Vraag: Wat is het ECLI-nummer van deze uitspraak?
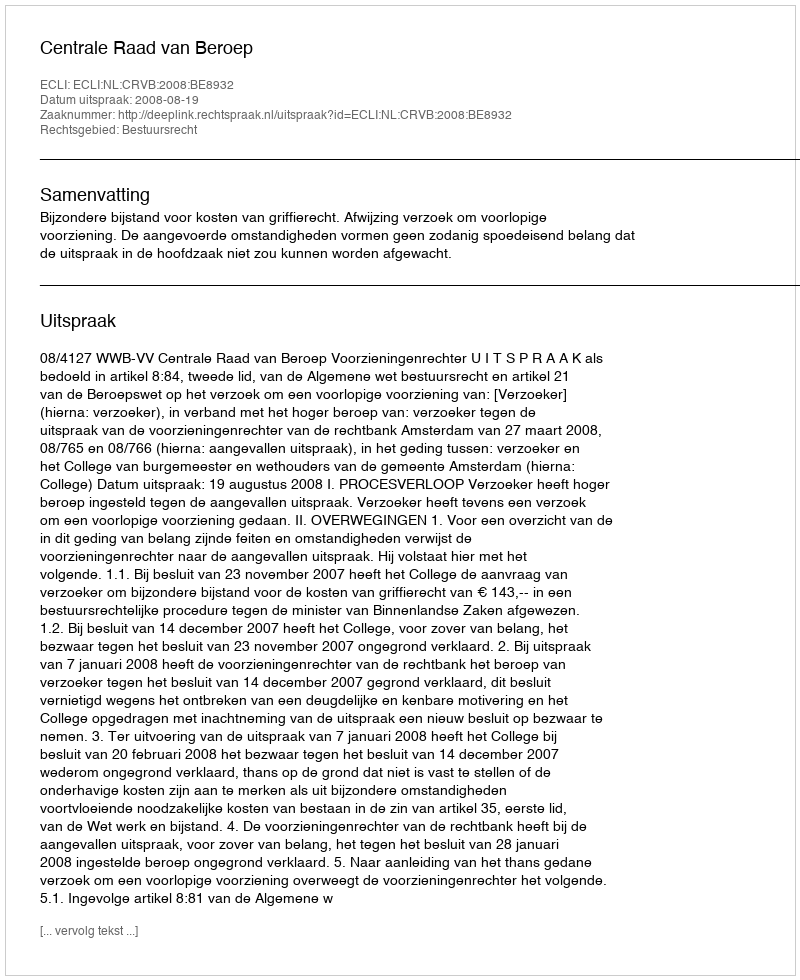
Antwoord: ECLI:NL:CRVB:2008:BE8932